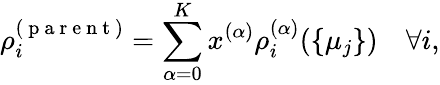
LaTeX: \rho_{i}^{(\mathrm{~p~a~r~e~n~t~})}=\sum_{\alpha=0}^{K}x^{(\alpha)}\rho_{i}^{(\alpha)}(\{ \mu_{j}\} )\quad\forall i,